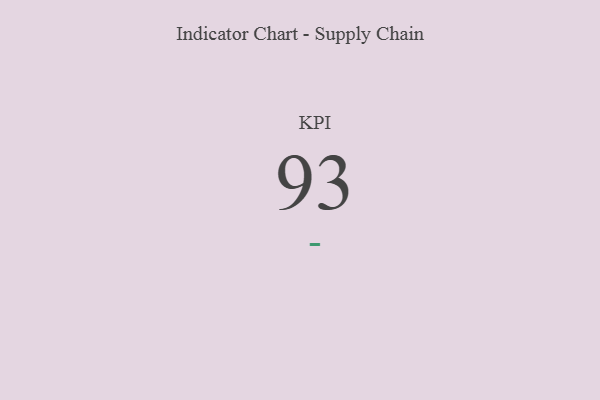
{"axis": {"x": "KPI", "y": "Value"}, "legend": [""], "data": [{"x": "KPI", "y": 93, "type": ""}]}